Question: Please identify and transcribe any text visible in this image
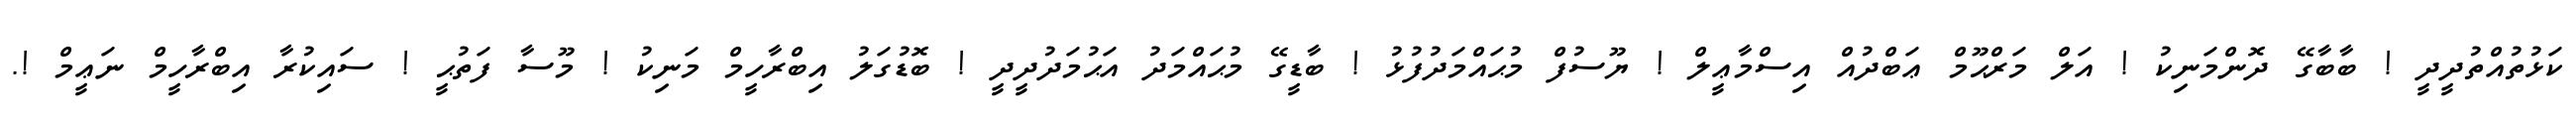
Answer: ކަޅުތުއްތުދީދީ ! ބާބާގޭ ދޮންމަނިކު ! އަލް މަރްޙޫމް ޢަބްދުއް އިސްމާޢީލް ! ޔޫސުފް މުޙައްމަދުފުޅު ! ބާޑީގޭ މުޙައްމަދު އަޙުމަދުދީދީ ! ބޮޑުގަލު އިބްރާހީމް މަނިކު ! މޫސާ ފަތުޙީ ! ސައިކުރާ އިބްރާހީމް ނަޢީމް !.